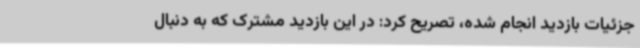
جزئیات بازدید انجام شده، تصریح کرد: در این بازدید مشترک که به دنبال